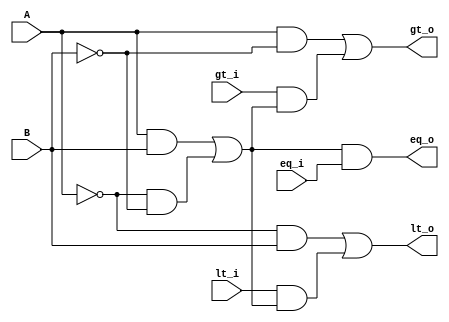
module comparator_1bit (
   input A,B,
   input lt_i, eq_i, gt_i,
   output lt_o, eq_o, gt_o
   );

assign lt_o = (!A&B)|(lt_i&((A&B)|(!A&!B)));
assign eq_o = ((A&B)|(!A&!B))&eq_i;
assign gt_o = (A&!B)|(gt_i&((A&B)|(!A&!B)));

endmodule